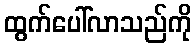
ထွက်ပေါ်လာသည်ကို